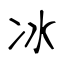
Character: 冰